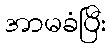
အာမခံပြီး